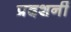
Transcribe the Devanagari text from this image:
प्रदशर्नी